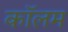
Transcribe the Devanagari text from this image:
काॅलम